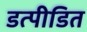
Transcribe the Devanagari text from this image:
डत्पीडित